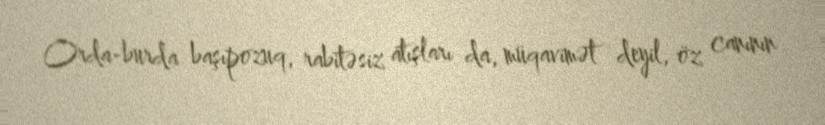
Orda-burda başıpozuq, rabitəsiz atışları da, müqavimət deyil, öz canının